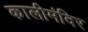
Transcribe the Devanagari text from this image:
कालीमंदिर